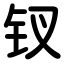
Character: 钗